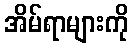
အိမ်ရာများကို